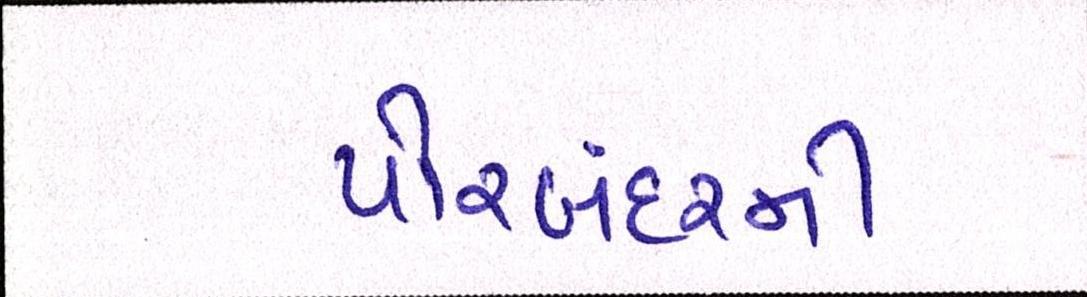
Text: પોરબંદરની